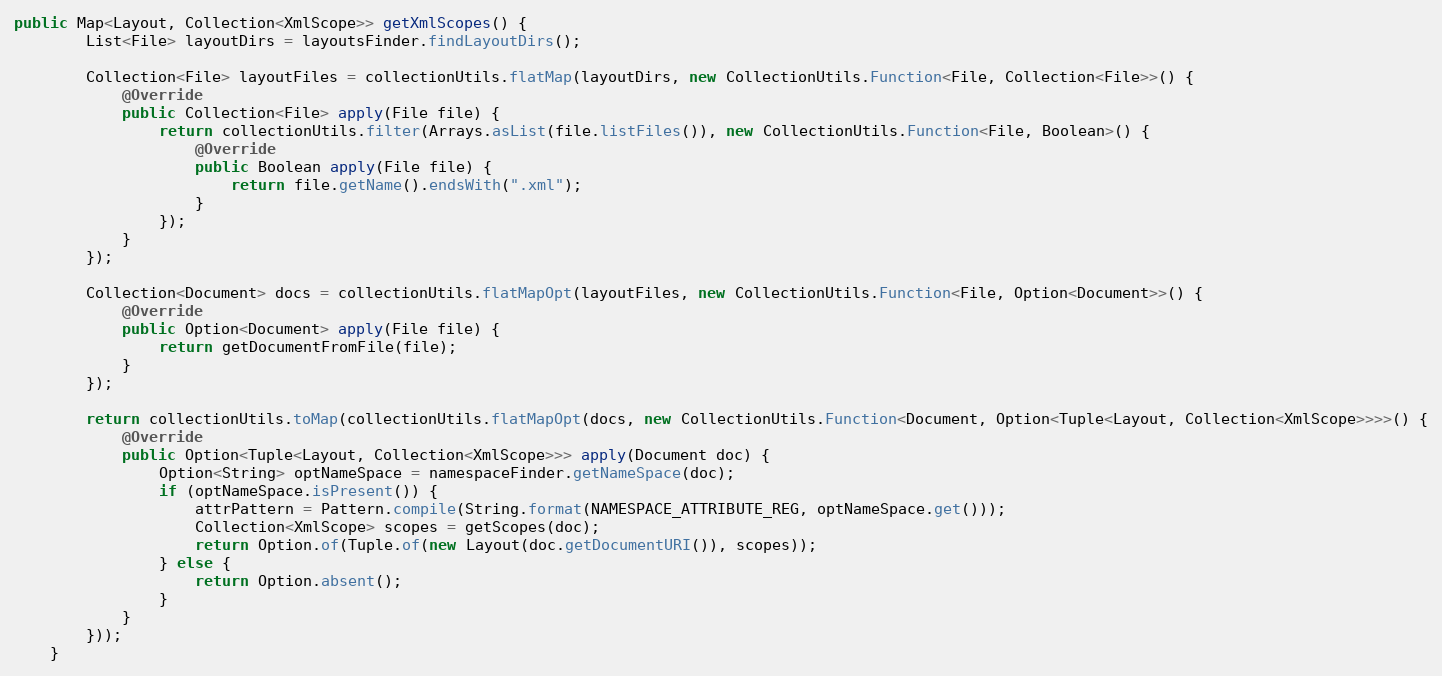
Language: Java
public Map<Layout, Collection<XmlScope>> getXmlScopes() {
        List<File> layoutDirs = layoutsFinder.findLayoutDirs();

        Collection<File> layoutFiles = collectionUtils.flatMap(layoutDirs, new CollectionUtils.Function<File, Collection<File>>() {
            @Override
            public Collection<File> apply(File file) {
                return collectionUtils.filter(Arrays.asList(file.listFiles()), new CollectionUtils.Function<File, Boolean>() {
                    @Override
                    public Boolean apply(File file) {
                        return file.getName().endsWith(".xml");
                    }
                });
            }
        });

        Collection<Document> docs = collectionUtils.flatMapOpt(layoutFiles, new CollectionUtils.Function<File, Option<Document>>() {
            @Override
            public Option<Document> apply(File file) {
                return getDocumentFromFile(file);
            }
        });

        return collectionUtils.toMap(collectionUtils.flatMapOpt(docs, new CollectionUtils.Function<Document, Option<Tuple<Layout, Collection<XmlScope>>>>() {
            @Override
            public Option<Tuple<Layout, Collection<XmlScope>>> apply(Document doc) {
                Option<String> optNameSpace = namespaceFinder.getNameSpace(doc);
                if (optNameSpace.isPresent()) {
                    attrPattern = Pattern.compile(String.format(NAMESPACE_ATTRIBUTE_REG, optNameSpace.get()));
                    Collection<XmlScope> scopes = getScopes(doc);
                    return Option.of(Tuple.of(new Layout(doc.getDocumentURI()), scopes));
                } else {
                    return Option.absent();
                }
            }
        }));
    }